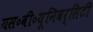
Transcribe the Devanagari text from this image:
यस॰वी॰यूनिवर्सिटी